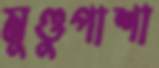
মুণ্ডুপাশা